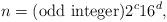
LaTeX: \begin{align*}n = (\mbox{odd integer}) 2^c 16^d,\end{align*}